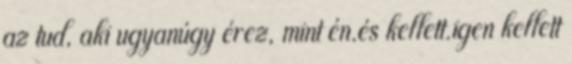
az tud, aki ugyanúgy érez, mint én.és kellett.igen kellett